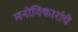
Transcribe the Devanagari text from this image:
मनोविकारांचे